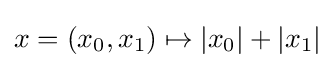
x=\left(x_{0},x_{1}\right)\mapsto \left|x_{0}\right|+\left|x_{1}\right|